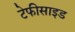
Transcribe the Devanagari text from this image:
टेफीसाइड